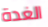
الغدة